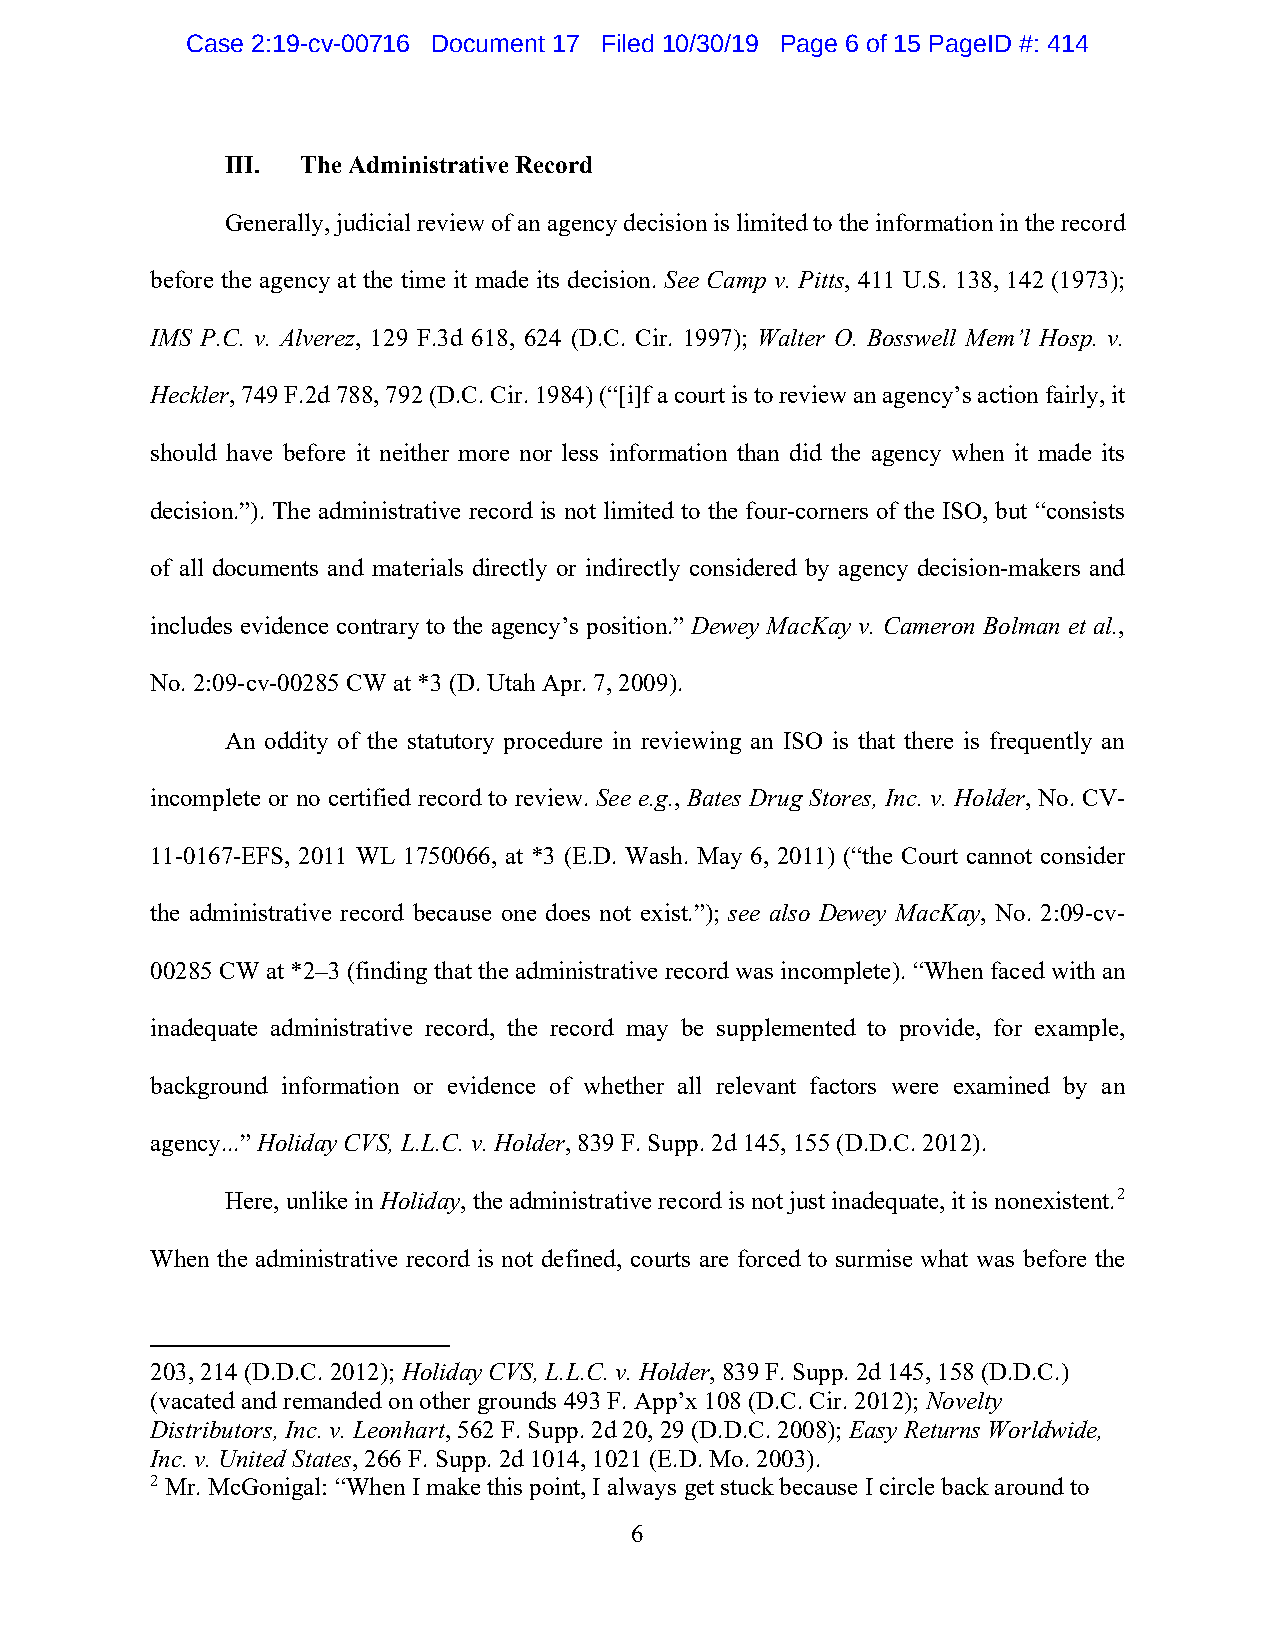
Case 2:19-cv-00716 Document 17 Filed 10/30/19 Page 6 of 15 PageID #: 414
 III. The Administrative Record
 Generally, judicial review of an agency decision is limited to the information in the record
 before the agency at the time it made its decision. See Camp v. Pitts, 411 U.S. 138, 142 (1973);
 IMS P.C. v. Alverez, 129 F.3d 618, 624 (D.C. Cir. 1997); Walter O. Bosswell Mem’l Hosp. v.
 Heckler, 749 F.2d 788, 792 (D.C. Cir. 1984) (“[i]f a court is to review an agency’s action fairly, it
 should have before it neither more nor less information than did the agency when it made its
 decision.”). The administrative record is not limited to the four-corners of the ISO, but “consists
 of all documents and materials directly or indirectly considered by agency decision-makers and
 includes evidence contrary to the agency’s position.” Dewey MacKay v. Cameron Bolman et al.,
 No. 2:09-cv-00285 CW at *3 (D. Utah Apr. 7, 2009).
 An oddity of the statutory procedure in reviewing an ISO is that there is frequently an
 incomplete or no certified record to review. See e.g., Bates Drug Stores, Inc. v. Holder, No. CV-
 11-0167-EFS, 2011 WL 1750066, at *3 (E.D. Wash. May 6, 2011) (“the Court cannot consider
 the administrative record because one does not exist.”); see also Dewey MacKay, No. 2:09-cv-
 00285 CW at *2–3 (finding that the administrative record was incomplete). “When faced with an
 inadequate administrative record, the record may be supplemented to provide, for example,
 background information or evidence of whether all relevant factors were examined by an
 agency...” Holiday CVS, L.L.C. v. Holder, 839 F. Supp. 2d 145, 155 (D.D.C. 2012).
 Here, unlike in Holiday, the administrative record is not just inadequate, it is nonexistent.2
 When the administrative record is not defined, courts are forced to surmise what was before the
 203, 214 (D.D.C. 2012); Holiday CVS, L.L.C. v. Holder, 839 F. Supp. 2d 145, 158 (D.D.C.)
 (vacated and remanded on other grounds 493 F. App’x 108 (D.C. Cir. 2012); Novelty
 Distributors, Inc. v. Leonhart, 562 F. Supp. 2d 20, 29 (D.D.C. 2008); Easy Returns Worldwide,
 Inc. v. United States, 266 F. Supp. 2d 1014, 1021 (E.D. Mo. 2003).
 2 Mr. McGonigal: “When I make this point, I always get stuck because I circle back around to
 6